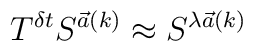
T^{\delta t} S^{{\vec a}(k)} \approx S^{\lambda {\vec a}(k)}